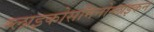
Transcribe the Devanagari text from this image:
ग्लाइकोसमिनोग्लाइकन